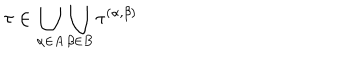
\tau \in \bigcup _ { \alpha \in A } \bigcup _ { \beta \in B } \tau ^ { ( \alpha , \beta ) }